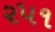
૨૫૧